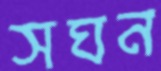
সঘন